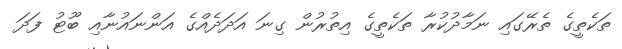
ތަކެތީގެ ތެރޭގައި ނަމާދުކުރާ ތަކެތީގެ އިތުރުން ގިނަ އަދަދެއްގެ އަންނައުނާއި ބޫޓު ފަދަ